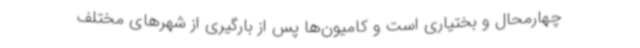
چهارمحال و بختیاری است و کامیون‌ها پس از بارگیری از شهرهای مختلف